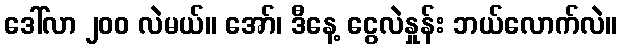
ဒေါ်လာ ၂၀၀ လဲမယ်။ အော်၊ ဒီနေ့ ငွေလဲနှုန်း ဘယ်လောက်လဲ။